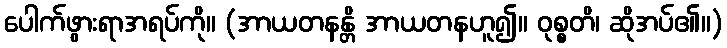
ပေါက်ဖွားရာအရပ်ကို။ (အာယတနန္တိ အာယတနဟူ၍။ ဝုစ္စတိ၊ ဆိုအပ်၏။)